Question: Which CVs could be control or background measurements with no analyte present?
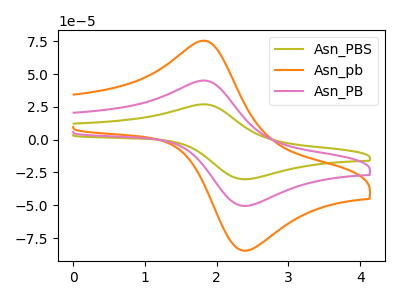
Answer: <think>The olive curve "Asn_PBS" has an anodic peak at (1.85V, 90.10uA) and a cathodic peak at (2.35V, -100.65uA). The orange curve "Asn_pb" has an anodic peak at (1.85V, 75.40uA) and a cathodic peak at (2.35V, -84.25uA). The pink curve "Asn_PB" has an anodic peak at (1.85V, 45.05uA) and a cathodic peak at (2.35V, -50.30uA).</think>
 <answer>There are not any CV's on this graph that are likely to be blanks.</answer>
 <eval>none</eval>